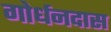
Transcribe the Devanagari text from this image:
गोर्धनदास